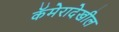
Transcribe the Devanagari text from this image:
कॅमेरादेखील